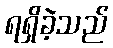
ရရှိခဲ့သည်